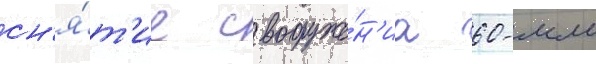
сн'я́т'ие с вооруже́н'иа 60-мм